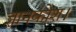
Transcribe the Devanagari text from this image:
ज्ञानकोश।